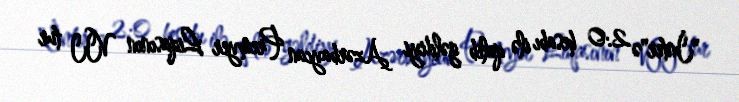
"İnter"ə 2:0 hesabı ilə qalib gəldiyi Azərbaycan Premyer Liqasının VII tur